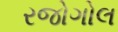
રજોગોલ